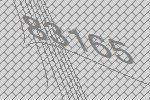
83165